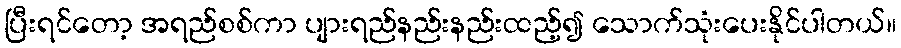
ပြီးရင်တော့ အရည်စစ်ကာ ပျားရည်နည်းနည်းထည့်၍ သောက်သုံးပေးနိုင်ပါတယ်။